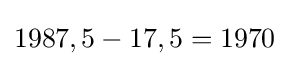
1987,5-17,5=1970